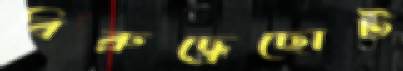
বিরুদ্ধ্রেছোট